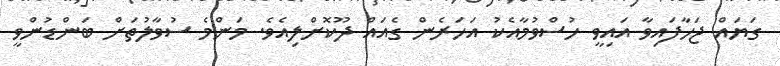
ގަޔައް ޖަހާފައިވާ އައިވީ ހުސްވުމާއެކު އަހަރެން ގެއައް ދޫކޮށްލިއެވެ. މަންމެ ސުވާލުތަށް ބަންޑުންވީ